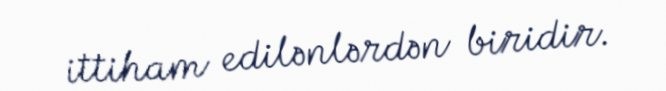
ittiham edilənlərdən biridir.